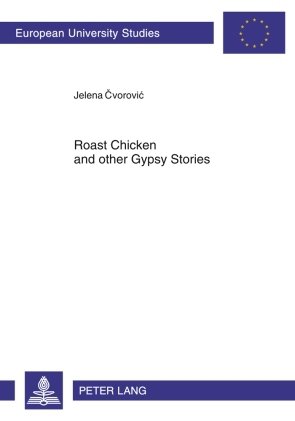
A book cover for Roast Chicken and other Gypsy Stories: Oral Narratives among Serbian Gypsies (EuropÃ¤ische Hochschulschriften / European University Studies / Publications Universitaires EuropÃ©ennes); Jelena Cvorovic; Science & Math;